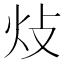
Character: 𤆝